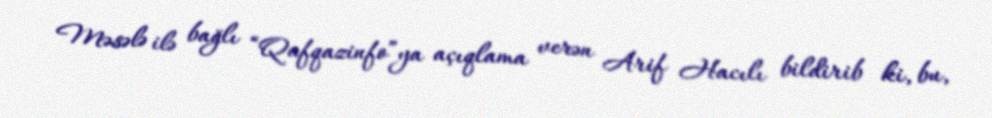
Məsələ ilə bağlı “Qafqazinfo”ya açıqlama verən Arif Hacılı bildirib ki, bu,